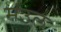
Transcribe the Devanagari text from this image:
मंउल